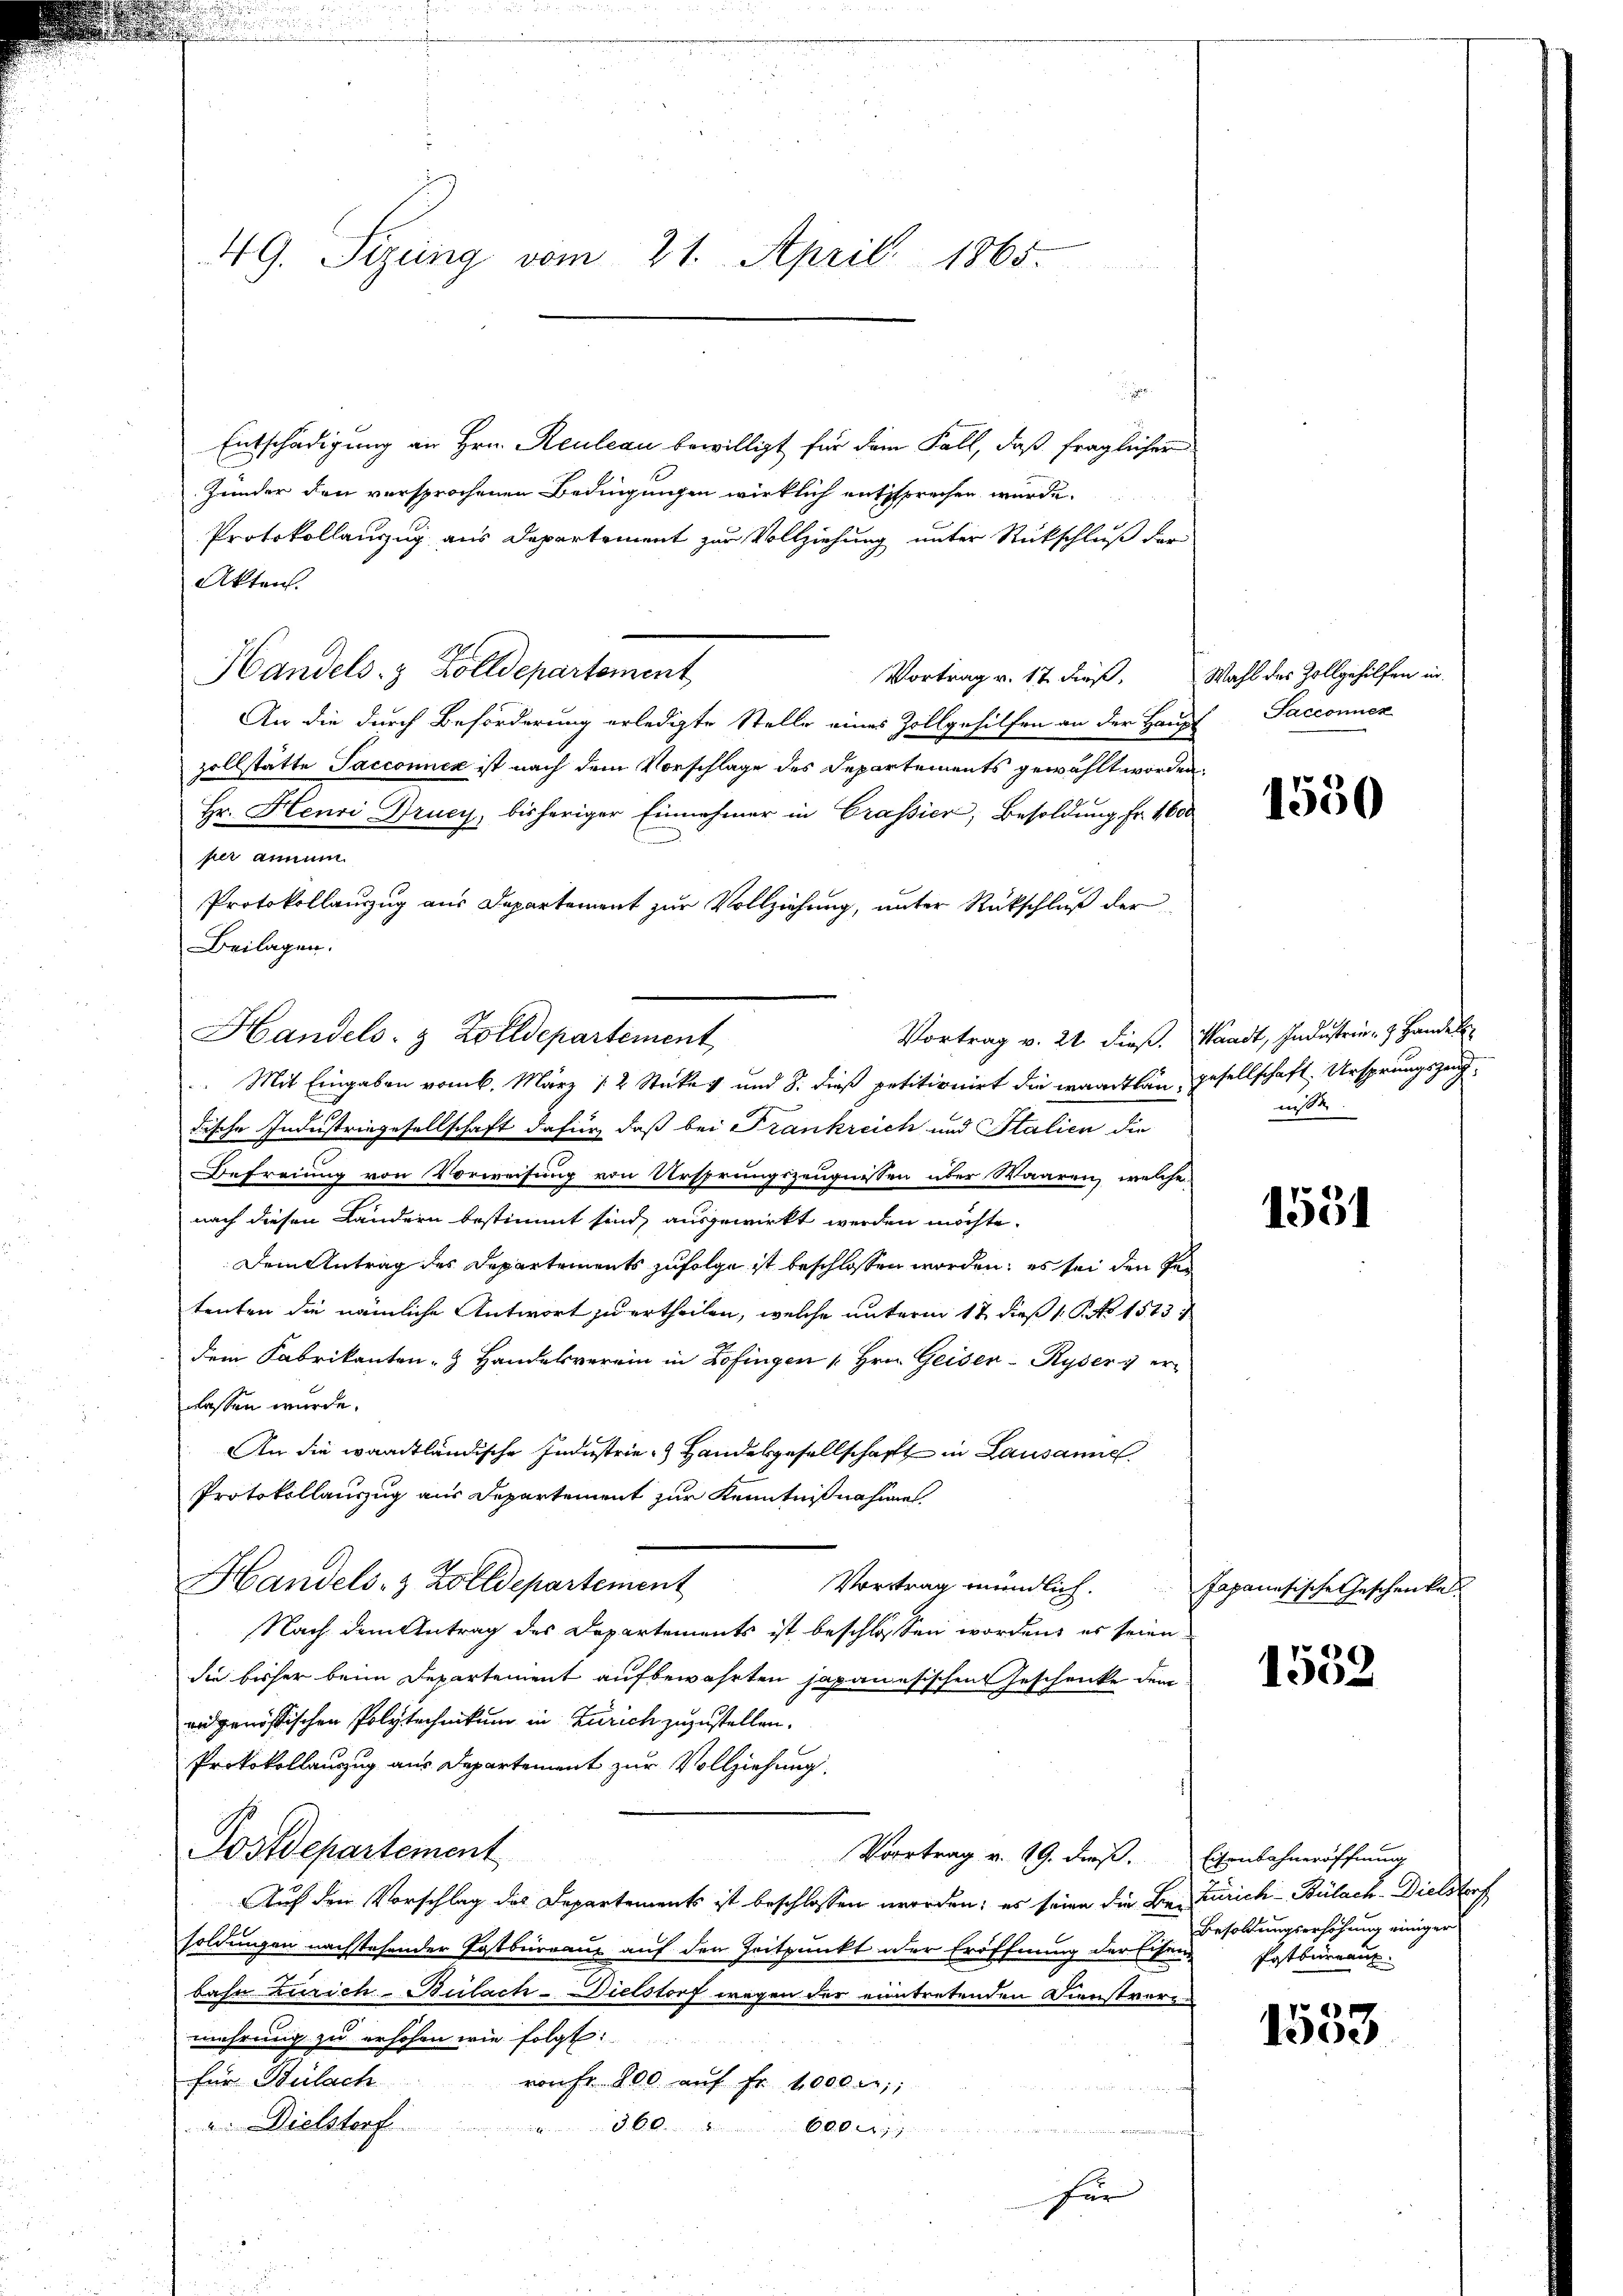
49. Sizung vom 21. April 1865.

Entschädigung an Hrn. Reulcan bewilligt für dem Fall, daß fraglicher
Zunder den versprochenen Bedingungen wirklich entsprechen würde.
Protokollauszug aus Departement zur Vollziehung unter Rückschluß der
Akten.
Handels- & Zolldepartement
An die durch Beförderung erledigte Stelle eines Zollgehilfen an der Haupt-Sacconnen
zollstätte Sacconnex ist nach dem Vorschlage des Departements gewählt worden.
Hr. Henri Drucy, bisheriger Einnahmer in Grassier, Besoldung Fr. 1600
n
per annum
Protokollauszug aus Departement zur Vollziehung, unter Rückschluß der
Beilagen.

Handels- & Zolldepartement,
. Mit Eingaben vom 6. März 12 Stücke und 8. dieß petitionirt die waadtlan gesellschaft. Ursprungszeug¬

Vortrag v. 17 dieß. Wahl des Zollgehilfen in

dische Industringesellschaft dafür, daß bei Frankreich und Stalien die
Befreiung von Vorweisung von Ursprungszeugnissen über Waaren, welche
nach diesen Ländern bestimmt sind, ausgewirkt werden möchte.
Dem Antrag des Departements zufolge ist beschlossen worden, es sei den Petenten die nämliche Antwort zu ertheilen, welche unterm 12 dieß 1 S. Nr. 1573
dem Fabrikanten Handelsverein in Zofingen 1. Hrn. Geiser- Ryser verrassen wurde.
An die waadtländische Industrie Handesgesellschaft in Lausanne.
Protokollauszug aus Departement zur Kenntnißnahme
Handels- & Zolldepartement
Nach dem Antrag des Departements ist beschlossen worden, es seien
die bisher beim Departement aufbewahrten japanesischen Geschenke dem
und genössischen Polytechnikum in Zürich zuzustellen.
Protokollanzug aus Departement zur Vollziehung.
Postdepartement
Vortrag v. 19. dieß. Eisenbahneröffnung
Auf den Vorschlag des Departements ist beschlossen worden; es seien die Be-Zürich-Bülach. Dielstorf
soldungen nachstehender Postbüreaus auf den Zeitpunkt der Eröffnung der Eisen Postbüreaux
bahn Zürich-Bülach–Dielstorf wegen der eintretenden Dienstver-
mehrung zu erhohen wie folgt:
für Bülach
von fr. 800 auf Fr. 1000 Fr.;
u. Dielstorf  360. " 6000.
für

Vortrag mündlich. Japanesische Geschenke

1530

Vortrag v. 21. dieß. Waadt, Industrie - Handel
niße

1551

1552

Besoldungserhöhung einiger

1533